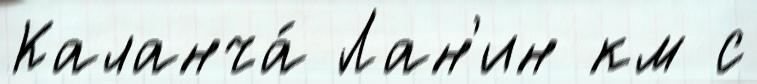
Каланча́ Лан'ин км с